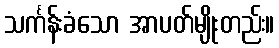
သင်္ကန်းခံသော အာပတ်မျိုးတည်း။